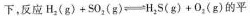
下，反应$$H _ { 2 } ( g ) + S 0 _ { 2 } ( g ) \rightleftharpoons H _ { 2 } S ( g ) + O _ { 2 } ( g )$$的平